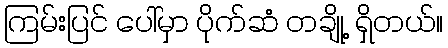
ကြမ်းပြင် ပေါ်မှာ ပိုက်ဆံ တချို့ ရှိတယ်။